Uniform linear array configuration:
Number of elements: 32
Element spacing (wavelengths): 0.25
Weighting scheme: uniform
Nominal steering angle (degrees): -60
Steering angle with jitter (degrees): -59.094
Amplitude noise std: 0.05
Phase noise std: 0.05

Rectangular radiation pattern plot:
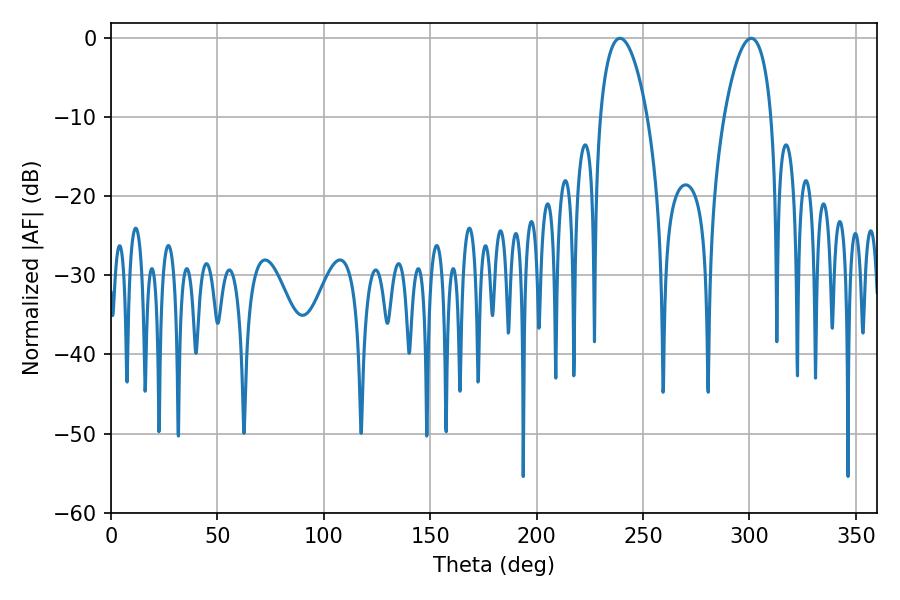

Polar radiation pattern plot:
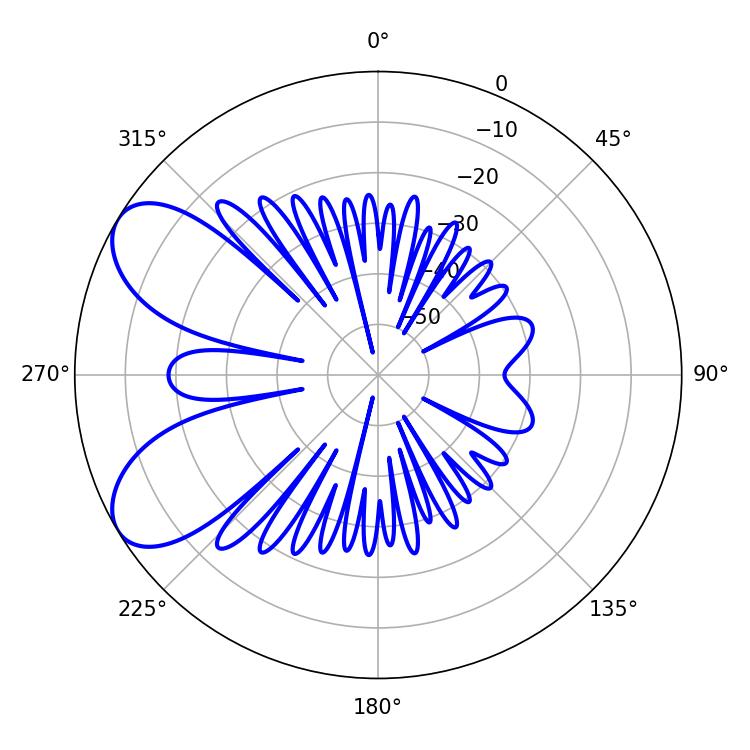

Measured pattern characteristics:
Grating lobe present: FALSE
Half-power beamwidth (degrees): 12.42
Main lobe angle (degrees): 300.78